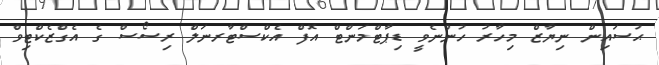
ޙުސައިން ނިޔާޒް މިހާރު ހުންނެވީ ޑިޕާޓްމަންޓް އޮފް އެކްސްޓާރނަލް ރިސޯސް ގެ އެގްޒެކްޓިވް